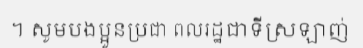
។ សូមបងប្អូនប្រជា ពលរដ្ឋជាទីស្រឡាញ់